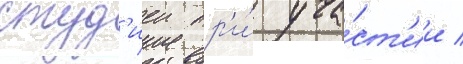
студ'иеи пр'и́ уча́ст'ии /